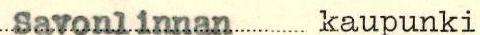
Savonlinnan kaupunki